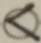
\textcircled { < }